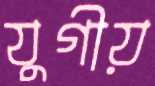
যুগীয়